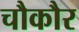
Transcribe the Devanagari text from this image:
चौकौर